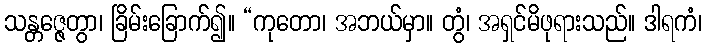
သန္တဇ္ဇေတွာ၊ ခြိမ်းခြောက်၍။ “ကုတော၊ အဘယ်မှာ။ တွံ၊ အရှင်မိဖုရားသည်။ ဒါရကံ၊